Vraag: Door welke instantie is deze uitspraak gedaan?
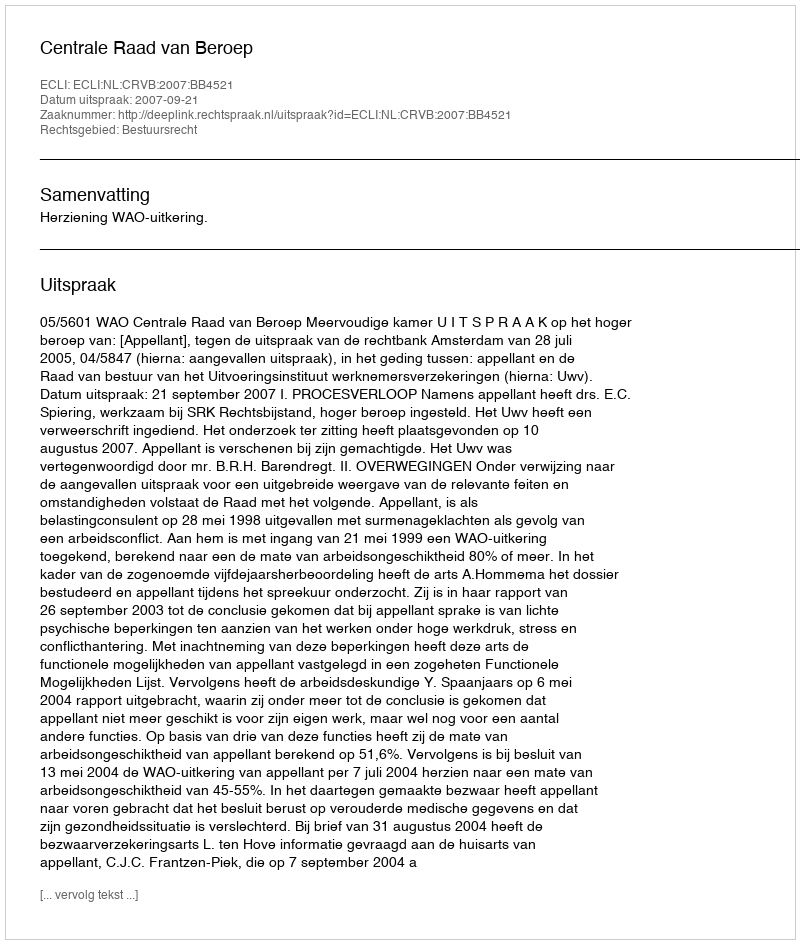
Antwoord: Centrale Raad van Beroep